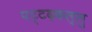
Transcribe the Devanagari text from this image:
पट्टदकल्लु